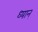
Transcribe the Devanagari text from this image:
ध्यान्